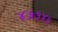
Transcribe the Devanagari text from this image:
४७७४६